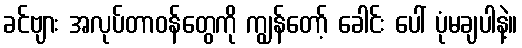
ခင်ဗျား အလုပ်တာဝန်တွေကို ကျွန်တော့် ခေါင်း ပေါ် ပုံမချပါနဲ့။